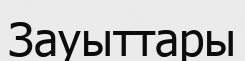
Зауыттары